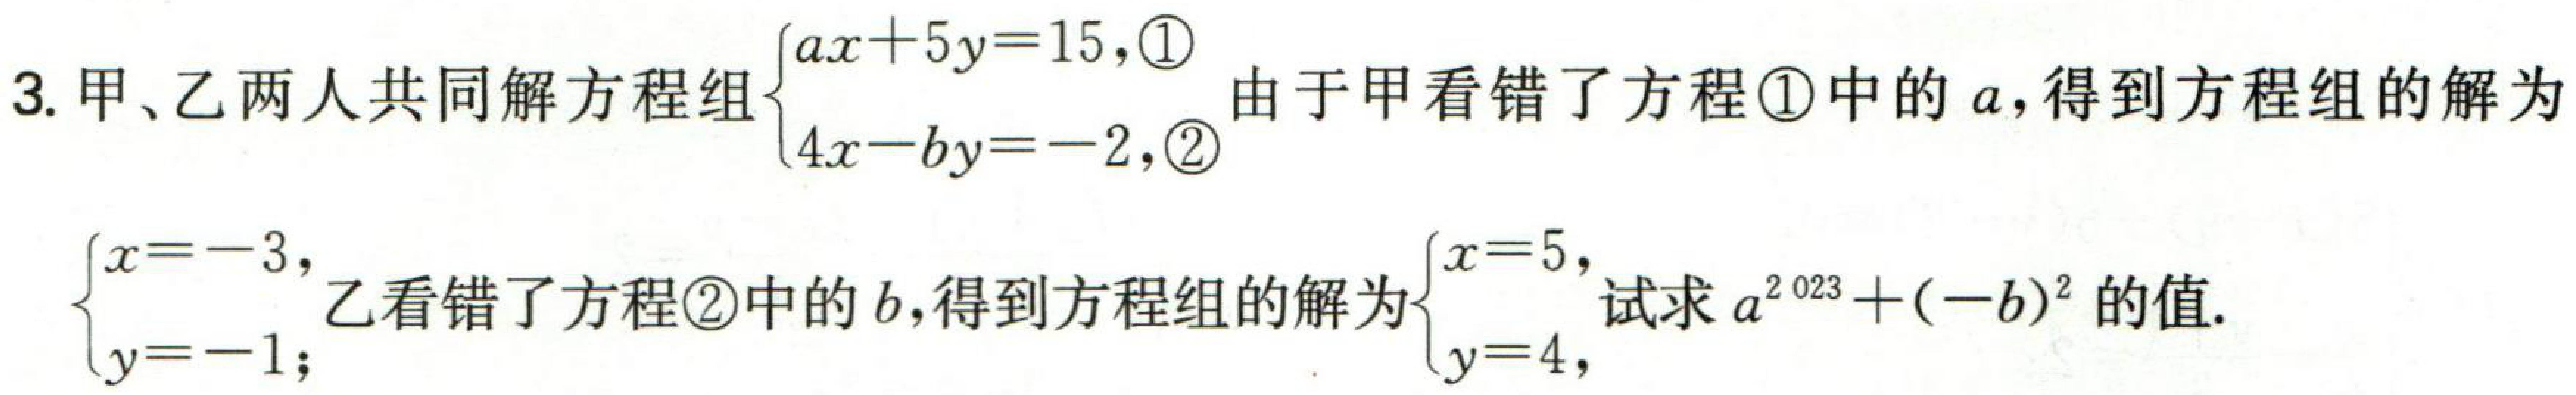
3. 甲、乙两人共同解方程组$\begin{cases}ax + 5y = 15,\textcircled{1}\\4x - by = - 2,\textcircled{2}\end{cases}$由于甲看错了方程\textcircled{1}中的$a$，得到方程组的解为$\begin{cases}x = - 3,\\y = - 1;\end{cases}$乙看错了方程\textcircled{2}中的$b$，得到方程组的解为$\begin{cases}x = 5,\\y = 4,\end{cases}$试求$a^{2023}+(-b)^{2}$的值.